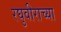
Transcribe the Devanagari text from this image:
रघुवीराच्या